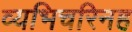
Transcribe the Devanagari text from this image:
व्यभिचरिनह